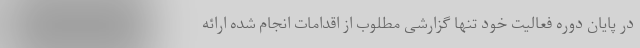
در پایان دوره فعالیت خود تنها گزارشی مطلوب از اقدامات انجام شده ارائه